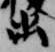
出